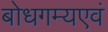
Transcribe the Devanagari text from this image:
बोधगम्यएवं